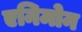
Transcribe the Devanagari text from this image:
एनिमोन